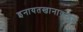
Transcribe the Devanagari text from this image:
इनायतखानाकडून